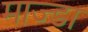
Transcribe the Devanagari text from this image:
माज्डा